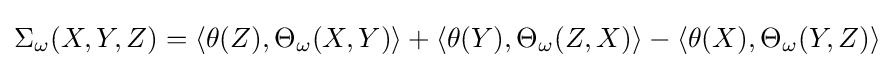
\Sigma _{\omega }(X,Y,Z)=\langle \theta (Z),\Theta _{\omega }(X,Y)\rangle +\langle \theta (Y),\Theta _{\omega }(Z,X)\rangle -\langle \theta (X),\Theta _{\omega }(Y,Z)\rangle